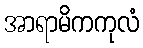
အာရာမိကကုလံ